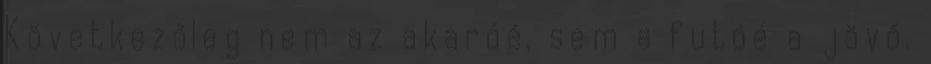
Következőleg nem az akaróé, sem a futóé a jövő,